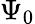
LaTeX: \Psi_{0}